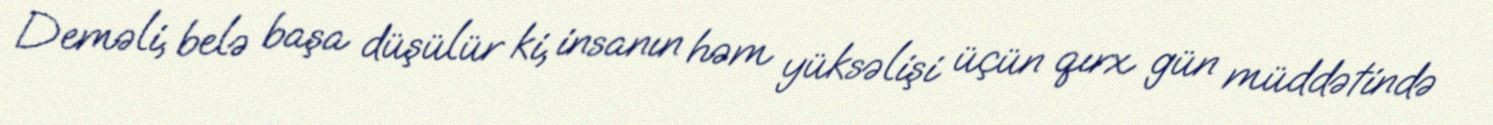
Deməli, belə başa düşülür ki, insanın həm yüksəlişi üçün qırx gün müddətində